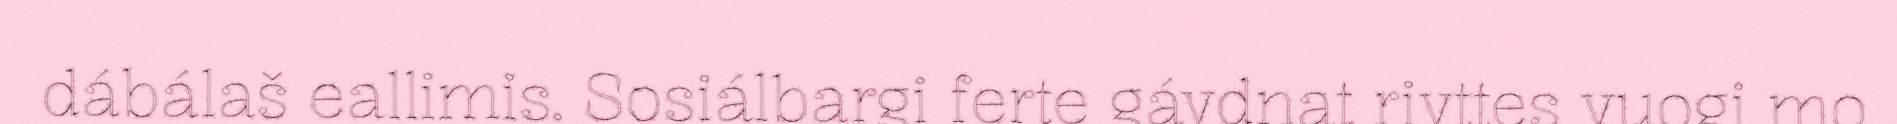
dábálaš eallimis. Sosiálbargi ferte gávdnat rivttes vuogi mo